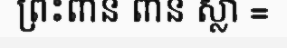
ព្រះពាន ពាន ស្លា =